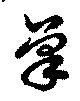
筆